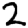
Digit: 2